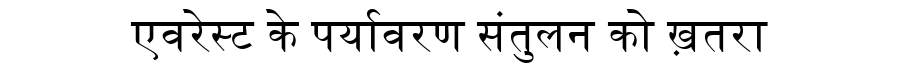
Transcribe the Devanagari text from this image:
एवरेस्ट के पर्यावरण संतुलन को ख़तरा